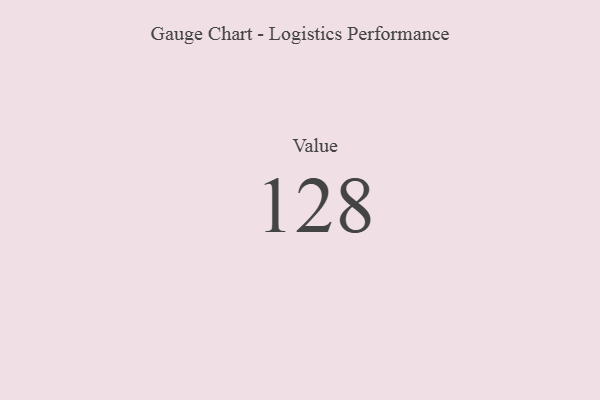
{"axis": {"x": "Metric", "y": "Value"}, "legend": [""], "data": [{"x": "Value", "y": 128, "type": ""}]}